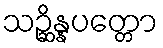
သဉ္ဆိန္နပတ္တော